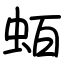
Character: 蛨